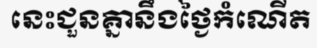
នេះជួនគ្នានឹងថ្ងៃកំណើត